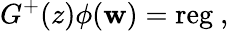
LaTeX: G^{+}(z)\phi(\mathbf{w})=\mathrm{{reg}}~,